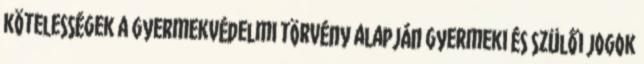
kötelességek a gyermekvédelmi törvény alapján Gyermeki és szülői jogok